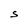
Character: S